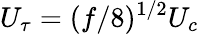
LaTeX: U_{\tau}=(f/8)^{1/2}U_{c}